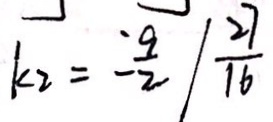
k _ { 2 } = - \frac { 9 } { 2 } / \frac { 2 7 } { 1 6 }